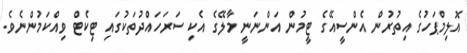
އޮލިމްޕަހުގެ އިތުރުން އެންސީއޭގެ ޓީމުން އަންނަނީ މާލޭގެ އެކި ސަރަހައްދުތަކުގައި ޓިކެޓް ވިއްކަމުންނެވެ.